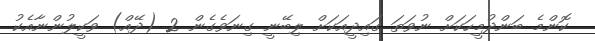
ކޮންމެ ބަންދުމީހަކަށް ނުވަތަ ގައިދީއަކަށް ލިބޭނީ ގިނަވެގެން 2 (ދޭއް) ވަކީލުންނާއެކު